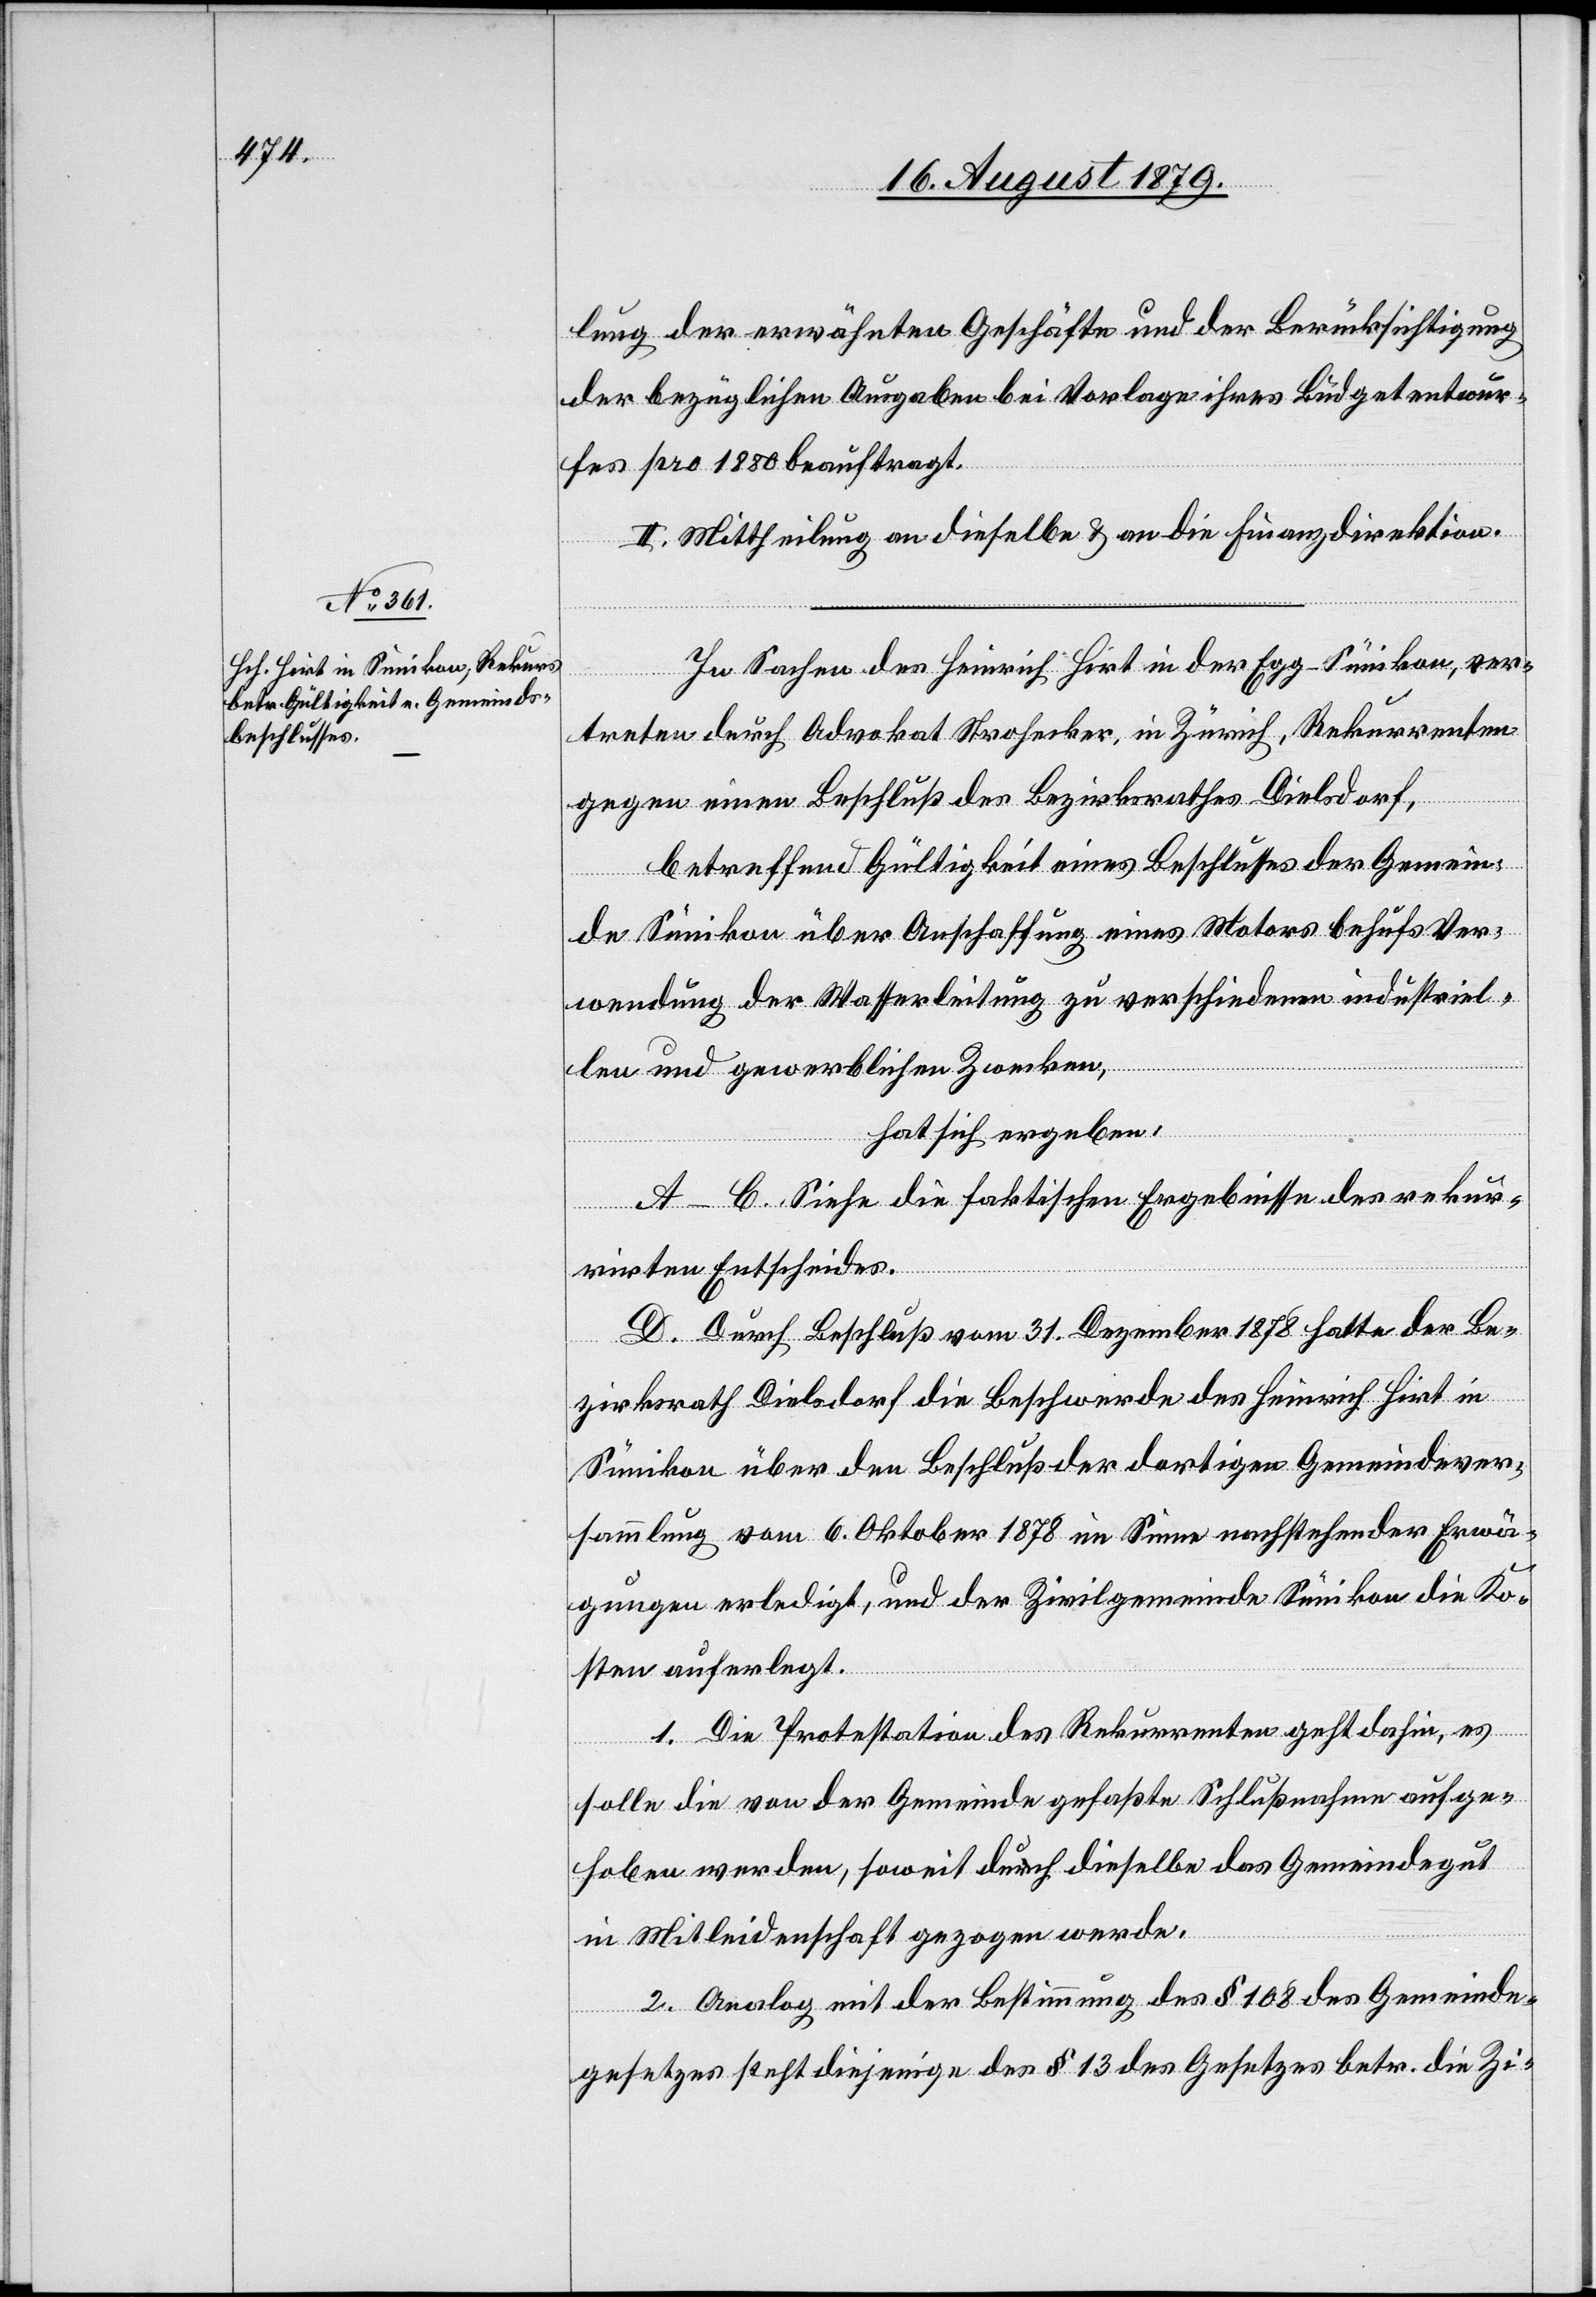
lung der erwähnten Geschäfte und der Berücksichtigung
der bezüglichen Ausgaben bei Vorlage ihres Büdgetentwur¬
fes pro 1880 beauftragt.
II. Mittheilung an dieselbe & an die Finanzdirektion.
13
In Sachen des Heinrich Hirt in der Egg - Sünikon, ver¬
betr. die
treten durch Advokat Strohecker, in Zürich, Rekurrenten
gegen einen Beschluß des Bezirksrathes Dielsdorf,
betreffend Gültigkeit eines Beschlusses der Gemein¬
de Sünikon über Anschaffung eines Motors behufs Ver¬
wendung der Wasserleitung zu verschiedenen industriel¬
len und gewerblichen Zwecken,
hat sich ergeben:
A–C. Siehe die faktischen Ergebnisse des rekur¬
rirten Entscheides.
D. Durch Beschluß vom 31. Dezember 1878 hatte der Be¬
zirksrath Dielsdorf die Beschwerde des Heinrich Hirt in
Sünikon über den Beschluß der dortigen Gemeindever¬
sammlung vom 6. Oktober 1878 im Sinne nachstehender Erwä¬
gungen erledigt, und der Zivilgemeinde Sünikon die Ko¬
sten auferlegt.
1. Die Protestation des Rekurrenten geht dahin, es
solle die von der Gemeinde gefaßte Schlußnahme aufge¬
hoben werden, soweit durch dieselbe das Gemeindegut
in Mitleidenschaft gezogen werde.
2. Analog mit der Bestimmung des § 108 des Gemeinde¬